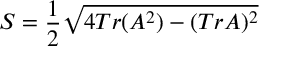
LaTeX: S = \frac { 1 } { 2 } \sqrt { 4 T r ( A ^ { 2 } ) - ( T r A ) ^ { 2 } }